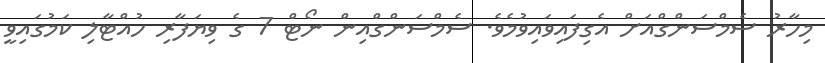
މިހާރު ސެމްސަންގްއަށް އެގިފައިވައިވުމެވެ. ސެމްސަންގްއިން ނޯޓް 7 ގެ ވިޔަފާރި ހުއްޓާލި ކަމުގައިވީ